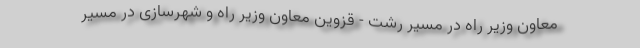
معاون وزیر راه در مسیر رشت - قزوین معاون وزیر راه و شهرسازی در مسیر